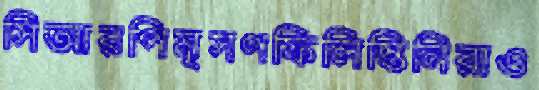
সিআরপিমৃসণফিলিস্তিনিরাও